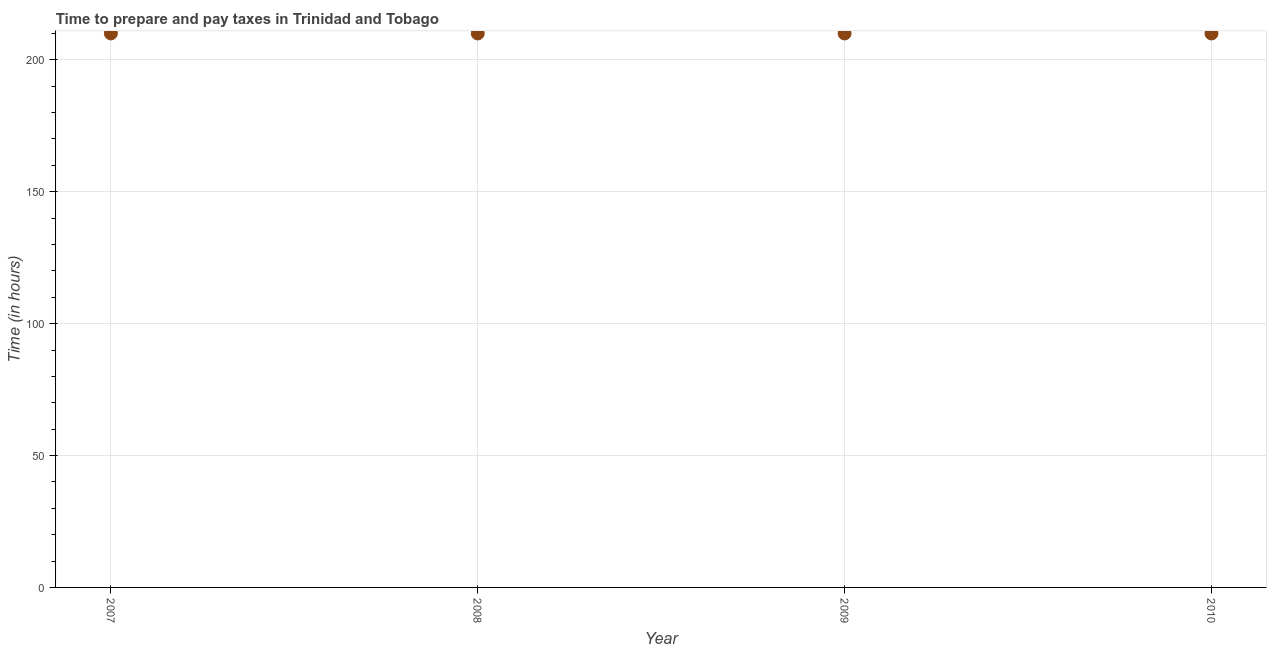
| Year | Time to prepare and pay taxes |
 | --- | --- |
 | 2007 | 210 |
 | 2008 | 210 |
 | 2009 | 210 |
 | 2010 | 210 |